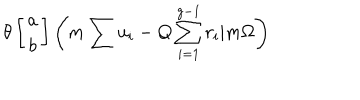
LaTeX: \theta \left[ \begin{array} { c } { { a } } \\ { { b } } \\ \end{array} \right] \left( m \sum u _ { i } - Q \sum _ { i = 1 } ^ { g - 1 } r _ { i } | m \Omega \right)